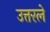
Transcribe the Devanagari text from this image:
उत्तरले